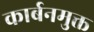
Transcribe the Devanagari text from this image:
कार्बनमुक्त